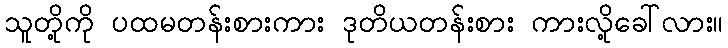
သူတို့ကို ပထမတန်းစားကား ဒုတိယတန်းစား ကားလို့ခေါ်လား။